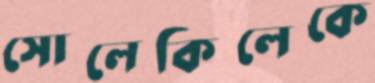
সোলেকিলেকে